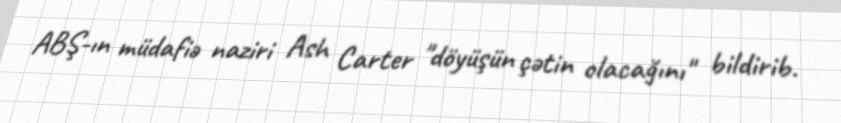
ABŞ-ın müdafiə naziri Ash Carter "döyüşün çətin olacağını" bildirib.